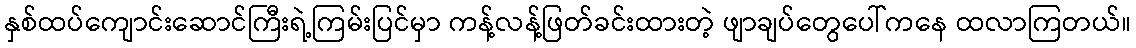
နှစ်ထပ်ကျောင်းဆောင်ကြီးရဲ့ကြမ်းပြင်မှာ ကန့်လန့်ဖြတ်ခင်းထားတဲ့ ဖျာချပ်တွေပေါ်ကနေ ထလာကြတယ်။